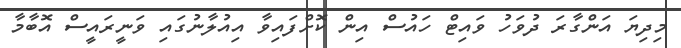
މިދިޔަ އަންގާރަ ދުވަހު ވައިޓް ހައުސް އިން ކޮށްފައިވާ އިއުލާނުގައި ވަނީރައީސް އޮބާމާ